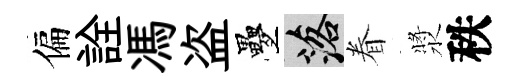
偏詮馮盗疊落眷漿秩